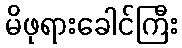
မိဖုရားခေါင်ကြီး